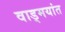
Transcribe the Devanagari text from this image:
वाड्मयांत